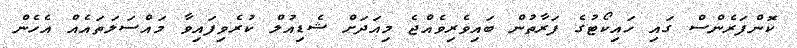
ކޮންފަރެންސް ގައި ހައިކޯޓުގެ ފަރާތުން ބައިވެރިވެއްޖެ މިއަދަށް ޝެޑިއުލް ކުރެވިފައިވާ މައްސަލަތައެއް އެހެން